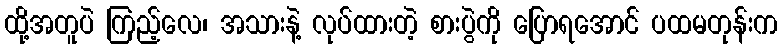
ထို့အတူပဲ ကြည့်လေ၊ အသားနဲ့ လုပ်ထားတဲ့ စားပွဲကို ပြောရအောင် ပထမတုန်းက